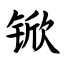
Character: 锨